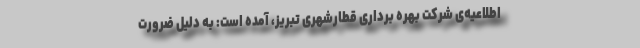
اطلاعیه‌ی شرکت بهره برداری قطارشهری تبریز، آمده است: به دلیل ضرورت